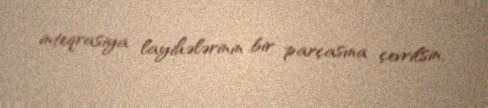
inteqrasiya layihələrinin bir parçasına çevrilsin.